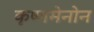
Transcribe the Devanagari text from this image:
कृष्णमेनोन